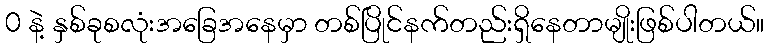
0 နဲ့ နှစ်ခုစလုံးအခြေအနေမှာ တစ်ပြိုင်နက်တည်းရှိနေတာမျိုးဖြစ်ပါတယ်။